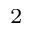
^ 2